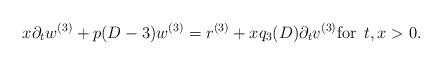
LaTeX: \begin{align*}x \partial_t w^{(3)} + p(D-3) w^{(3)} = r^{(3)} + x q_3(D) \partial_t v^{(3)} \mbox{for } \, t, x > 0.\end{align*}